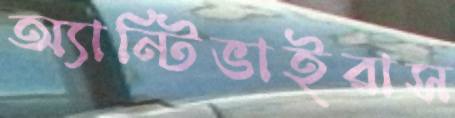
অ্যান্টিভাইরাস